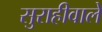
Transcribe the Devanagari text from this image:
सुराहीवाले